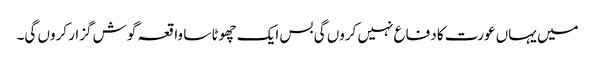
میں یہاں عورت کا دفاع نہیں کروں گی بس ایک چھوٹا سا واقعہ گوش گزار کروں گی۔